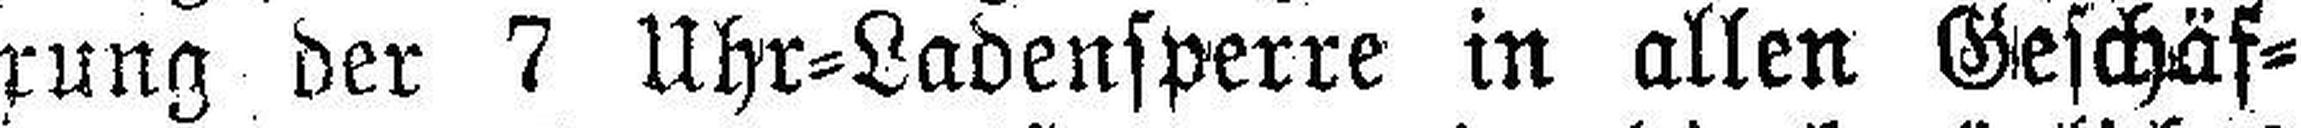
rung der 7 Uhr=Ladensperre in allen Geschäf¬